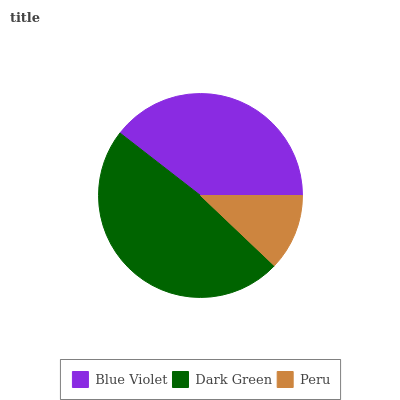
| Blue Violet | Dark Green | Peru |
 | --- | --- | --- |
 | 39.5% | 48.4% | 12.1% |